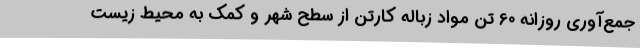
جمع‌آوری روزانه 60 تن مواد زباله کارتن از سطح شهر و کمک به محیط زیست